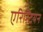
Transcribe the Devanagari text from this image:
एरिस्टियन